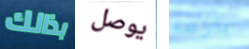
بذالك يوصل بارعه